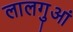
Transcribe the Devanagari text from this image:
लालगुआं